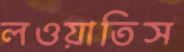
লওয়াতিস